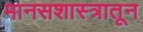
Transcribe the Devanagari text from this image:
मानसशास्त्रातून